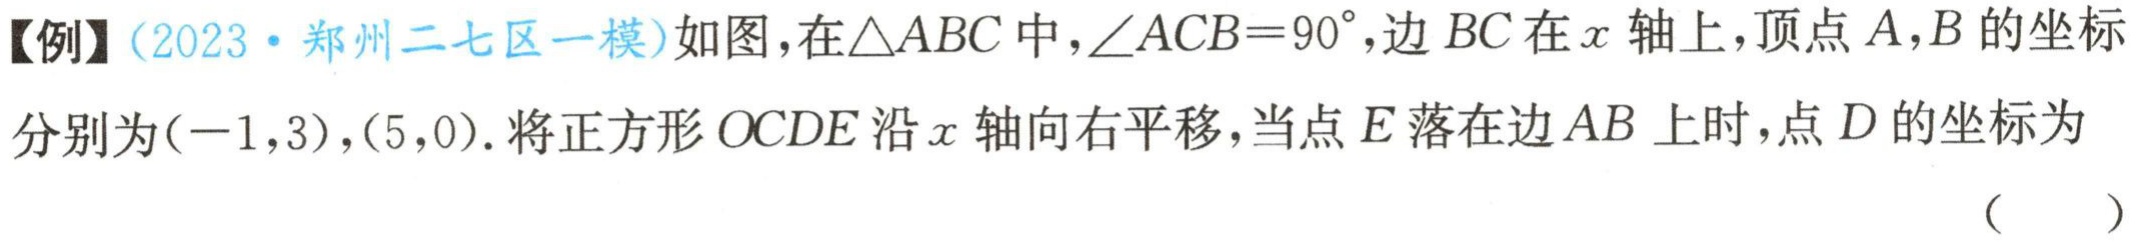
【例】(2023·郑州二七区一模)如图，在\(\triangle ABC\)中，\(\angle ACB = 90^{\circ}\)，边\(BC\)在\(x\)轴上，顶点\(A,B\)的坐标分别为\((-1,3)\)，\((5,0)\)。将正方形\(OCDE\)沿\(x\)轴向右平移，当点\(E\)落在边\(AB\)上时，点\(D\)的坐标为（  ）